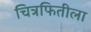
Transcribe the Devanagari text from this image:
चित्रफितीला